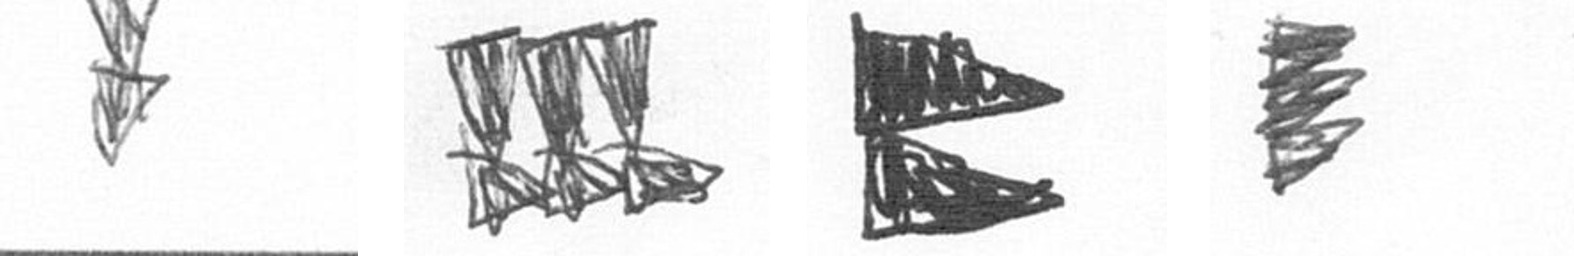
Z D P H